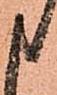
申